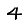
Digit: 4